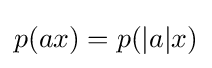
p(ax)=p(|a|x)